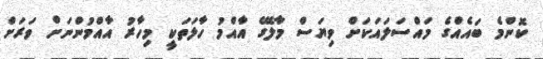
ކޮންމެ ބައެއްގެ މައްސަލައަކަށް ވިޔަސް މާލޭގެ އާއްމު ހާލަތަކީ މިހާރު އާއްމުންނަށް ވަރަށް